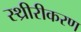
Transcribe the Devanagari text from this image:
स्थ्रीरीकरण